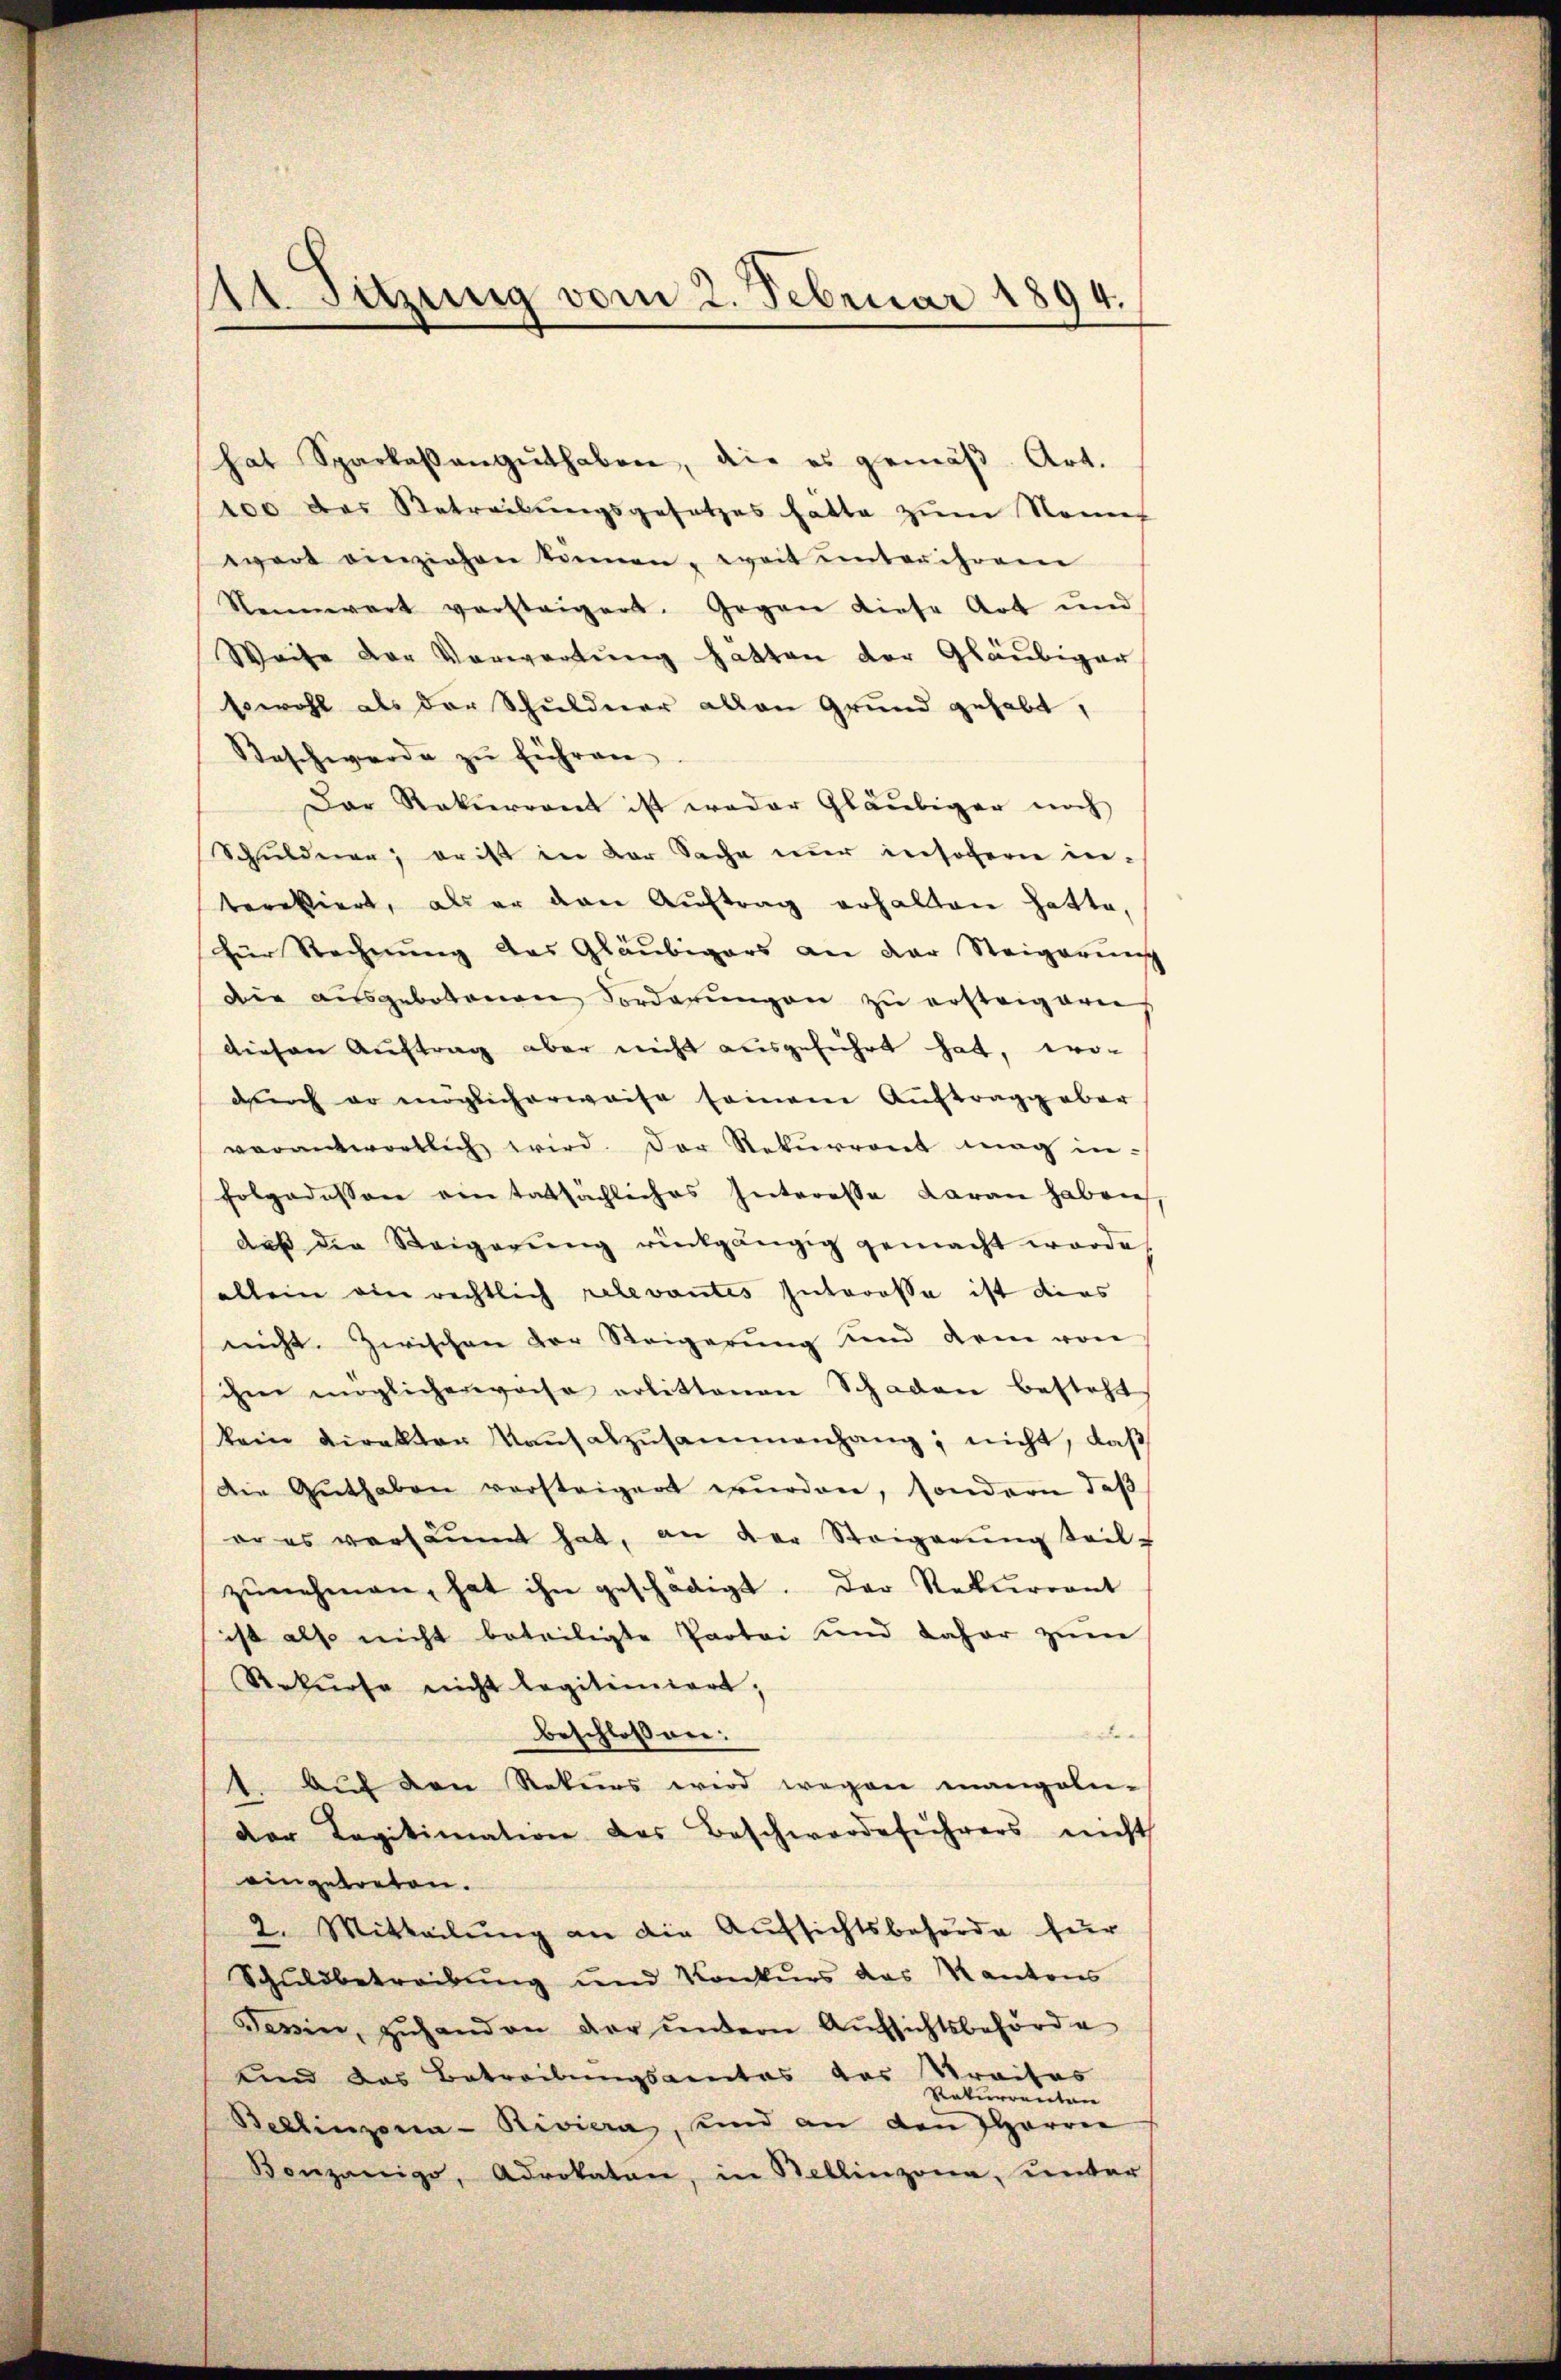
hat Sparkaβangŭthaben, die es gemäβ Art.
100 des Betreibungsgesetzes hätte zum Namen
wort einziehen können, weit unter ihrene
Rennwart versteigert. Gegen diese Art und
Weite der Verwartung hatten der Gläubiger
sowohl als der Schuldner allen Grund gehabt,
Beschwerde zŭ führen.
Dar Rekurrent ist weder Gläubiger noch
Schulderen; er ist in der Sache nur insofern intereßiert, als er den Auftrag erhalten hatte,
hier Rechnung des Gläubigers an der Steigerung
Die ausgebotenen Forderŭngen zŭ ersteigern
diesen Auftrag aber nicht ausgeführt hat, wo-
durch er möglicherweise seinem Auftragg aber
verantwortlich wird. Der Rekurront mag in-
holpodessen ein tatsächliches Interesse daran haben
daβ die Steigerŭng rückgängig gemacht worde
allein ein rechtlich relevantes Interessa ist dies
nicht. Zwischen der Steigerung und dem von
ihm möglicherweise erlittenen Schaden besteht
kein verakter aŭsabzusammenhang, nicht, daß
Die Guthaben versteigen wŭrden, sondern daβ
er es versäumt hat, an der Steigerŭng teil-
zŭnehmen, hat ihn geschädigt. Der Rekurrent
ist also nicht beteiligte Partei und daher zum
Rekŭrse nicht legitimiert;
e
beschlossen:
1. Auf den Rekurs wird wegen mangeln-
der Tagitimation des Beschwerdeführers nicht
eingetreten.
2. Mitteilung an die Aufsichtsbehörde für
Schuldbetreibung und Konkurs das Kantons
Sevin, zŭhanden der andern Aŭfsichtsbehörde
unnd das Betreibungsactes das Praites
Rekurrenteie
Bellinzona-Riviera, sind an den HHerrn
Konzenige, Advokaten, in Bellinzona, unter

St Setzung vom 2. Februar 1894.